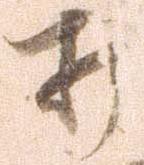
打